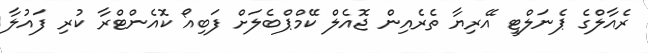
ރެއާލްގެ ޕެނަލްޓީ އޭރިޔާ ތެރެއިން ޖޮއެލް ކޭމްޕްބެލަށް ފަބިއޯ ކޮއެންޓްރާ ކުރި ފައުލާ